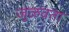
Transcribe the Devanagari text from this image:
जुळवता